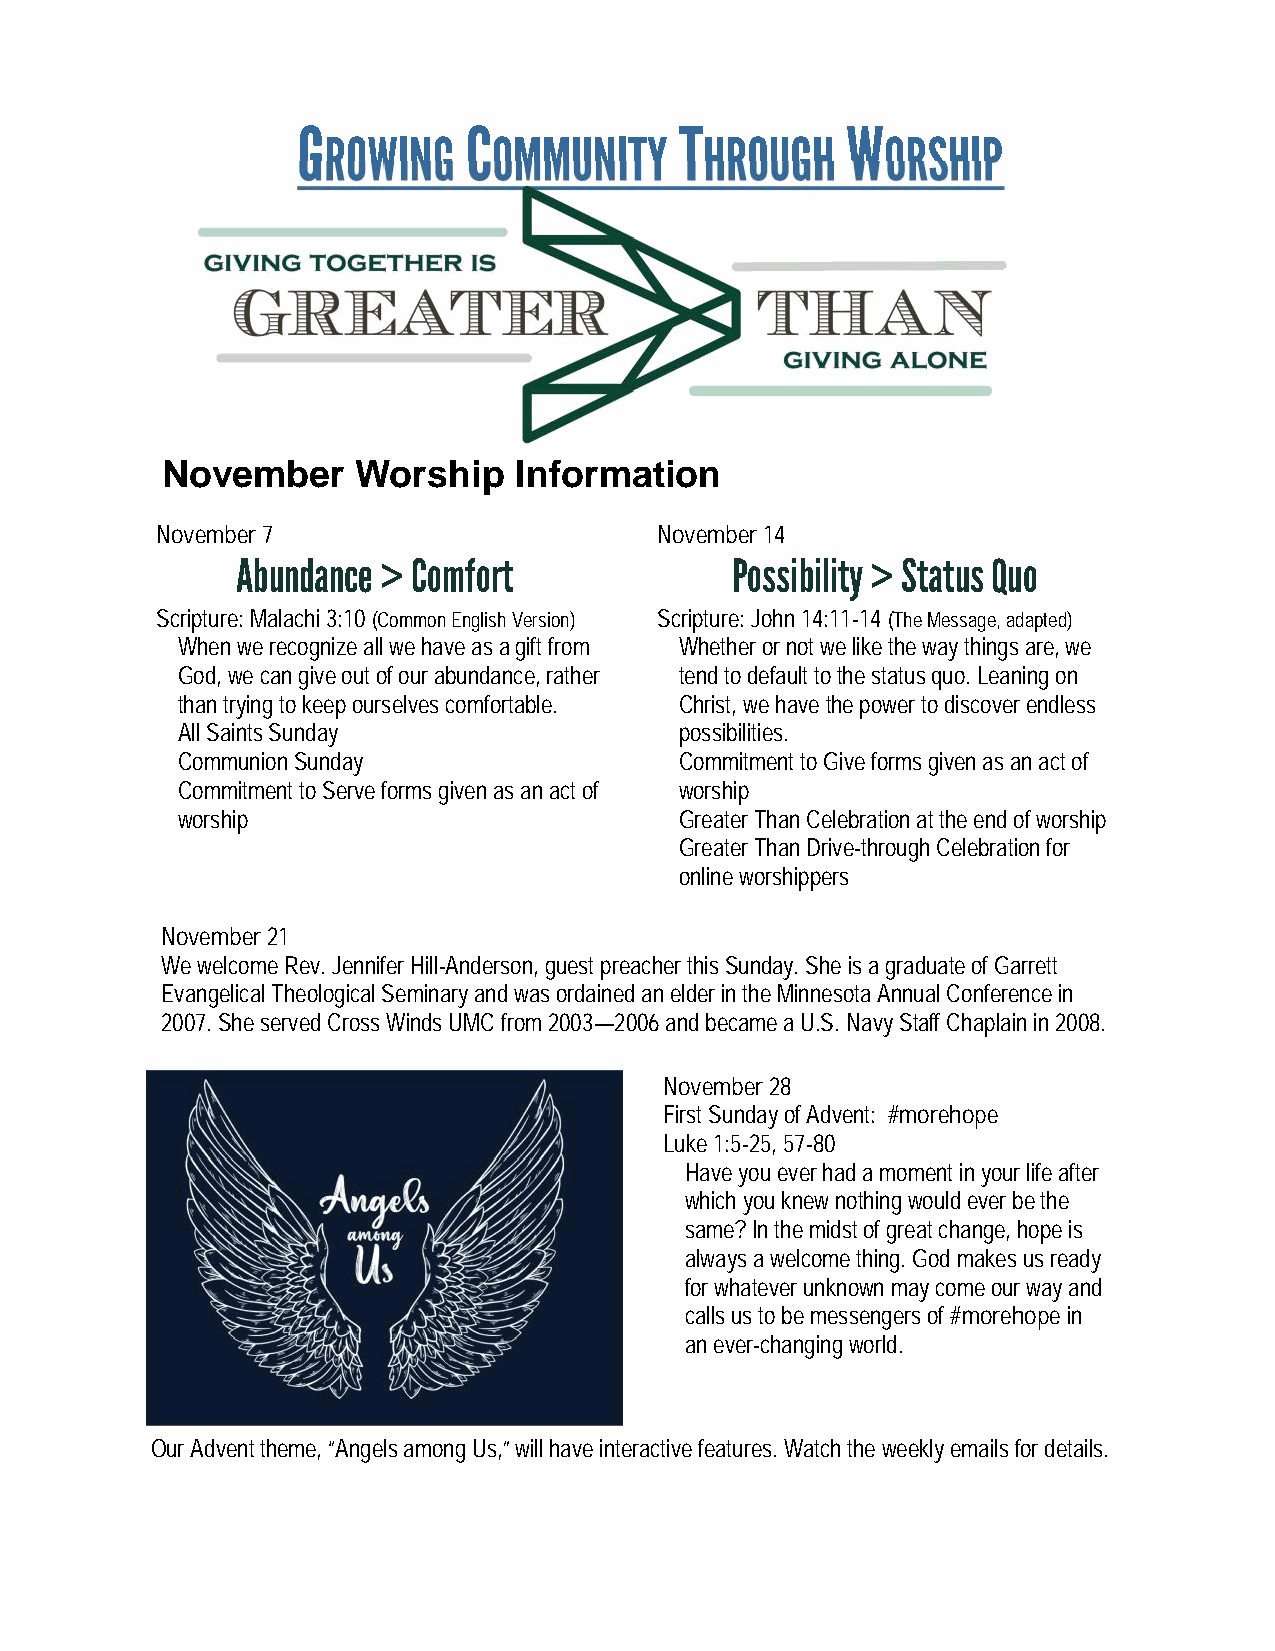
G          C             T          W
 ROWING      OMMUNITY      HROUGH      ORSHIP
 November     Worship   Information
 November 7                       November 14
 Abundance > Comfort             Possibility > Status Quo
 Scripture: Malachi 3:10(Common English Version) Scripture: John 14:11-14(The Message, adapted)
 When we recognize all we have as a gift from Whether or not we like the way things are, we
 God, we can give out of our abundance, rather tend to default to the status quo. Leaning on
 than trying to keep ourselves comfortable. Christ, we have the power to discover endless
 All Saints Sunday                possibilities.
 Communion Sunday                 Commitment to Give forms given as an act of
 Commitment to Serve forms given as an act of worship
 worship                          Greater Than Celebration at the end of worship
 Greater Than Drive-through Celebration for
 online worshippers
 November 21
 We welcome Rev. Jennifer Hill-Anderson, guest preacher this Sunday. She is a graduate of Garrett
 Evangelical Theological Seminary and was ordained an elder in the Minnesota Annual Conference in
 2007. She served Cross Winds UMC from 2003—2006 and became a U.S. Navy Staff Chaplain in 2008.
 November 28
 First Sunday of Advent: #morehope
 Luke 1:5-25, 57-80
 Have you ever had a moment in your life after
 which you knew nothing would ever be the
 same? In the midst of great change, hope is
 always a welcome thing. God makes us ready
 for whatever unknown may come our way and
 calls us to be messengers of#morehopein
 an ever-changing world.
 Our Advent theme, “Angels among Us,” will have interactive features. Watch the weekly emails for details.